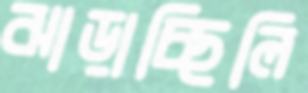
ঝাড়াচ্ছিলি